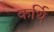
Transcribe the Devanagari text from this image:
कर्थि